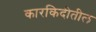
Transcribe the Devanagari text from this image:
कारकिदीतील